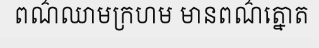
ពណ៌ឈាមក្រហម មានពណ៌ត្នោត